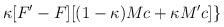
LaTeX: \begin{align*}\kappa [F'-F][(1-\kappa )Mc+\kappa M'c]\}\end{align*}